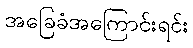
အခြေခံအကြောင်းရင်း